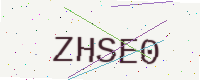
Text: ZHSE0